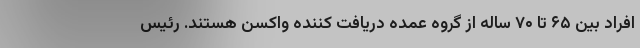
افراد بین ۶۵ تا ۷۰ ساله از گروه عمده دریافت کننده واکسن هستند. رئیس